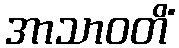
အာသာဝတိံ